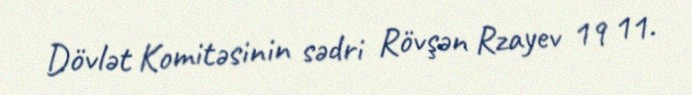
Dövlət Komitəsinin sədri Rövşən Rzayev 19 11.